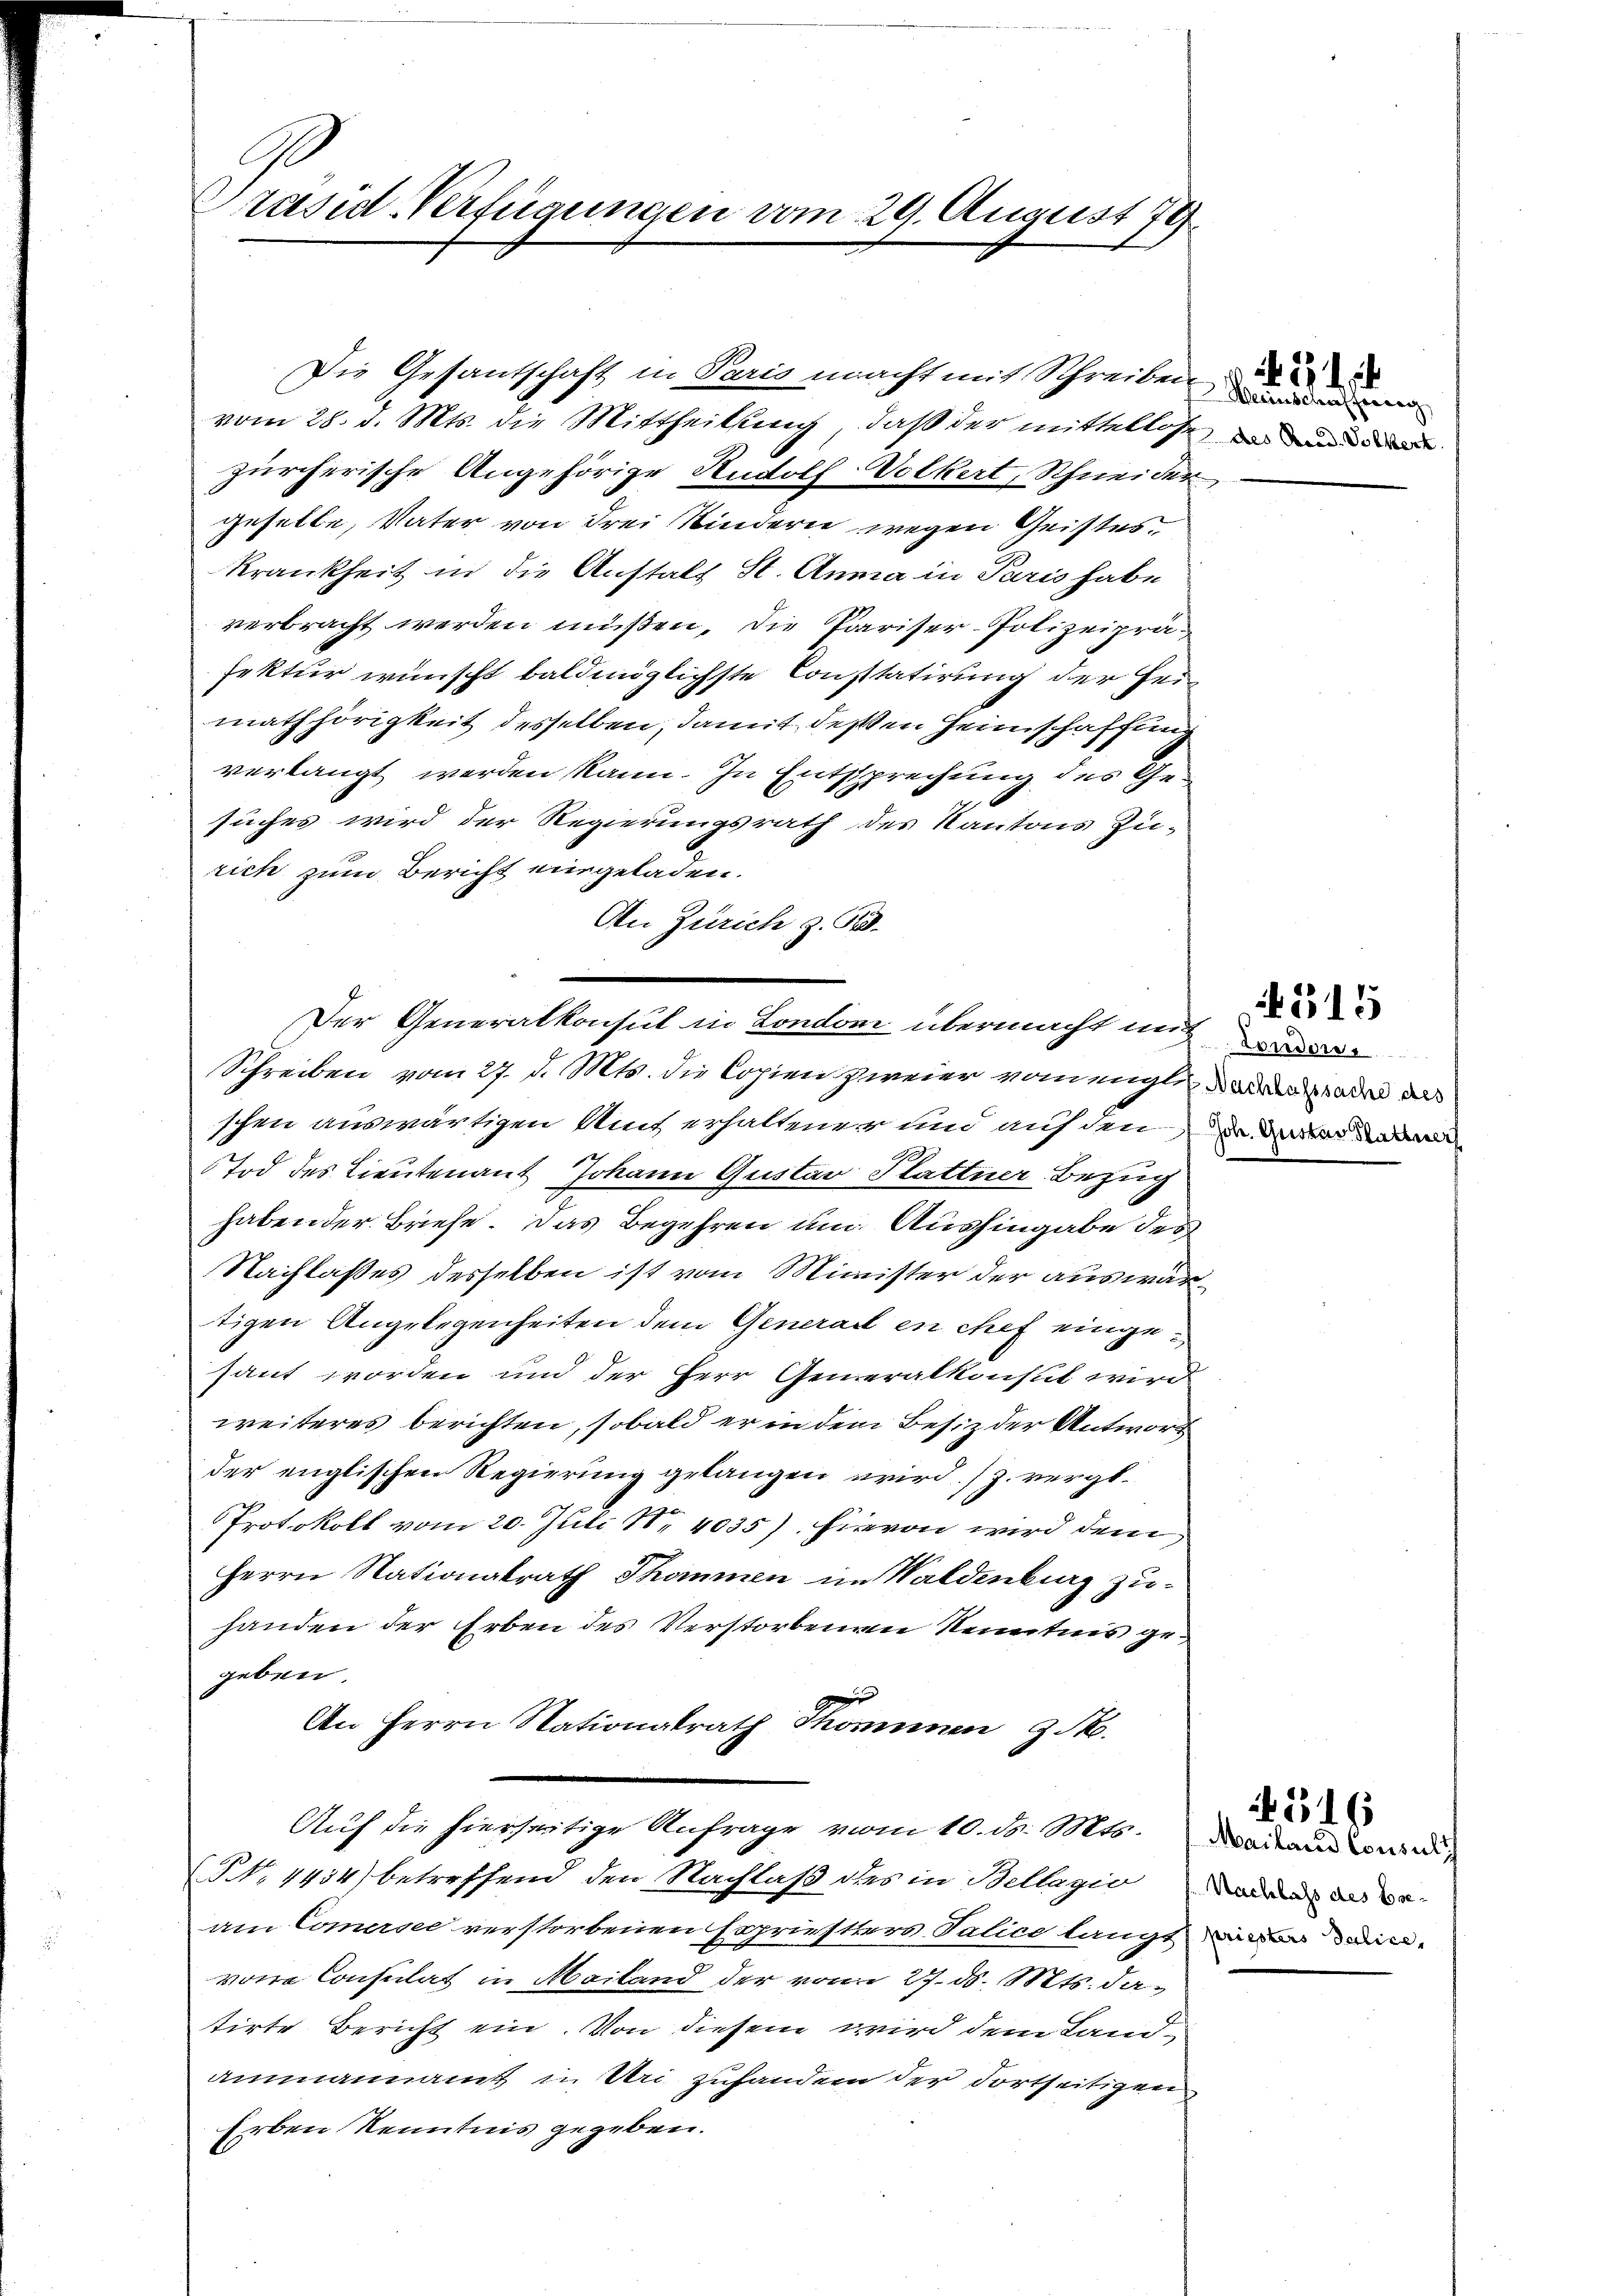
E
Präsid-Verfügungen vom 29. August 179

Die Gesantschaft in Paris macht mit Schreiben
vom 28. d. Mts. die Mittheilung, daß der mittellos
zürcherische Angehörige Rudolf Volkert, Schneides
geselle, Vater von drei Kindern wegen Geistes¬
Krankheit in die Anstalt St. Anna in Paris habe
verbracht werden müßen, die Pariser-Polizeipräsektur wünscht baldmöglichste Constatirung der Hei
mathörigkeit desselben, damit deßen Heimschaffun
verlangt werden kann. In Entsprechung des Gesuches wird der Regierungsrath des Kantons Zu-
rich zum Bericht eingeladen.
An Zürich z. B.
Schreiben vom 27. d. Mts. die Copien zweier vom eigt, wir das
schen auswärtigen Amt erhaltener und auf den
Tod des Lieutenant Johann Gustav Plattner Bezug
habender Briefe. Das Begehren um Aushingabe des
Nachlasses desselben ist vom Minister der auswätigen Angelegenheiten dem Generall en chef einge
saut worden und der Herr Generalkonst wird
weiteres berichten, sobald er in dem Besitz der Antwort
der englischen Regierung gelangen wird. (Z. vergl.
Protokoll vom 20. Juli 18. 4035), hievon wird dem
Herrn Nationalrath Thommen im Waldenburg zuhanden der Erben des Verstorbenen Kenntnis gegeben
An Herrn Nationalrath Thominen z
Auf die hierseitige Anfrage vom 10. ds. Mts.
§ No. 4434) betreffend den Nachlaß des in Bellagio
am Comersee verstorbenen Expriesters Talice langt der ein
vom Consulat in Mailand der vom 27. d. Mts. datirte Bericht ein. Von diesem wird dem Land-
ammannamt in Uri zuhander der dortseitigen
Erben Kenntnis gegeben.

Der Generalkonsul in London übermacht mit d

Weinschaffeeg
E des Praed. Volkert.

e

. 25. d.

Joh. Gustav Stattner

4515

Mailand Consult
Nachlass des Ese¬

516